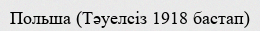
Польша (Тәуелсіз 1918 бастап)